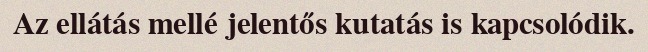
Az ellátás mellé jelentős kutatás is kapcsolódik.